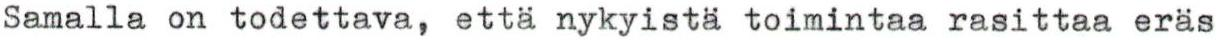
Samalla on todettava, että nykyistä toimintaa rasittaa eräs